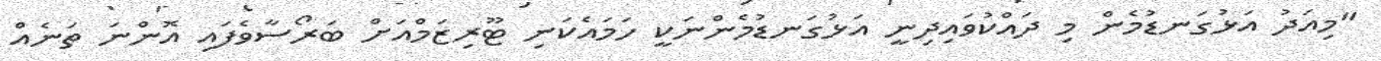
"މިއަދު އަޅުގަނޑުމެން މި ދައްކުވައިދިނީ އަޅުގަނޑުމެންނަކީ ހަމައެކަނި ޓޫރިޒަމްއަށް ބަރޯސާވެފައި އޮންނަ ތަނެއް